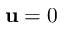
\mathbf u = 0